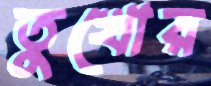
তুখোর